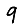
Digit: 9